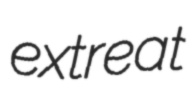
extreat